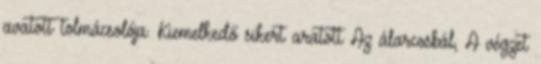
avatott tolmácsolója. Kiemelkedő sikert aratott Az álarcosbál, A végzet